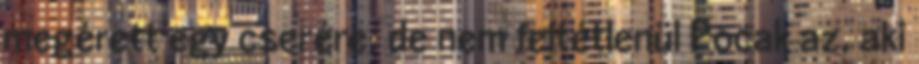
megérett egy cserére, de nem feltétlenül Pocak az, aki